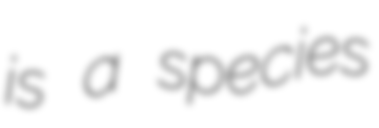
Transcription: is a species